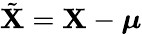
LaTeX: \tilde{\mathbf{X}}=\mathbf{X}-\boldsymbol{\mu}